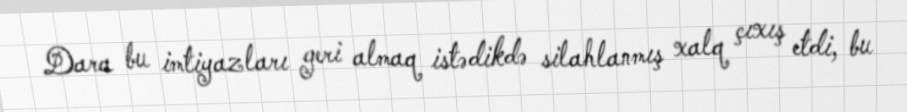
Dara bu imtiyazları geri almaq istədikdə silahlanmış xalq çıxış etdi, bu